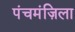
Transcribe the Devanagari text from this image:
पंचमंज़िला